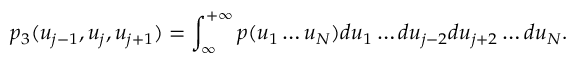
p _ { 3 } ( u _ { j - 1 } , u _ { j } , u _ { j + 1 } ) = \int _ { \infty } ^ { + \infty } p ( u _ { 1 } \dots u _ { N } ) d u _ { 1 } \dots d u _ { j - 2 } d u _ { j + 2 } \dots d u _ { N } .